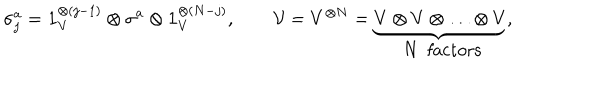
\sigma _ { j } ^ { a } = \mathbf { 1 } _ { V } ^ { \otimes ( j - 1 ) } \otimes \sigma _ { } ^ { a } \otimes \mathbf { 1 } _ { V } ^ { \otimes ( N - j ) } , \qquad { \cal V } = V ^ { \otimes N } = \underbrace { V \otimes V \otimes \ldots \otimes V } _ { \mathrm { ~ N ~ f a c t o r s } } ,